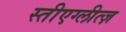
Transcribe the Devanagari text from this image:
स्तीएग्लीत्ज़